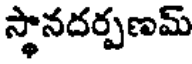
స్థానదర్పణమ్